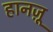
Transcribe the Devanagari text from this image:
हानज़ू